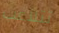
تتلاعب